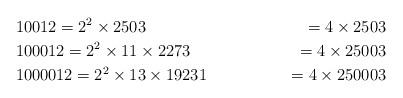
LaTeX: \begin{align*}&10012=2^2\times 2503&=4\times 2503\\&100012=2^2\times 11\times 2273&=4\times 25003\\&1000012=2^2\times 13\times 19231&=4\times 250003\\\end{align*}